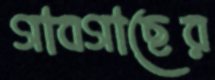
গাবগাছের